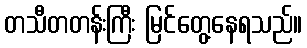
တသီတတန်းကြီး မြင်တွေ့နေရသည်။